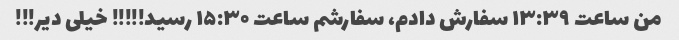
من ساعت ۱۳:۳۹ سفارش دادم، سفارشم ساعت ۱۵:۳۰ رسید!!!!! خیلی دیر!!!